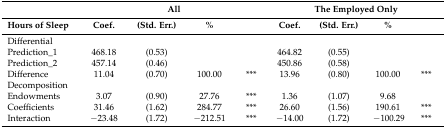
|  | <COLSPAN=4> All | <COLSPAN=4> The Employed Only |
 | Hours of Sleep | Coef. | (Std. Err.) | % |  | Coef. | (Std. Err.) | % |  |
 | --- | --- | --- | --- | --- | --- | --- | --- | --- |
 | Differential |  |  |  |  |  |  |  |  |
 | Prediction_1 | 468.18 | (0.53) |  |  | 464.82 | (0.55) |  |  |
 | Prediction_2 | 457.14 | (0.46) |  |  | 450.86 | (0.58) |  |  |
 | Difference | 11.04 | (0.70) | 100.00 | *** | 13.96 | (0.80) | 100.00 | *** |
 | Decomposition |  |  |  |  |  |  |  |  |
 | Endowments | 3.07 | (0.90) | 27.76 | *** | 1.36 | (1.07) | 9.68 |  |
 | Coefficients | 31.46 | (1.62) | 284.77 | *** | 26.60 | (1.56) | 190.61 | *** |
 | Interaction | −23.48 | (1.72) | −212.51 | *** | −14.00 | (1.72) | −100.29 | *** |